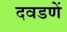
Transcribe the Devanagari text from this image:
दवडणें